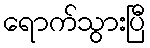
ရောက်သွားပြီ